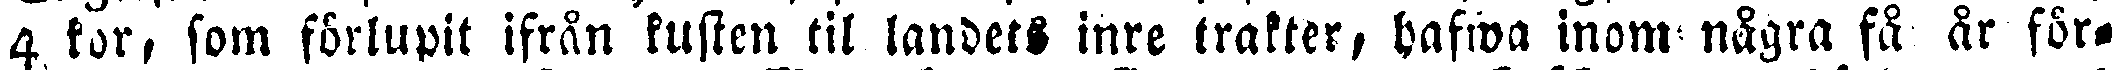
4 kor, som förlupit ifrån kusten til landets inre trakter, hafw inom några få år för-